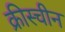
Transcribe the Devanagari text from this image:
क्रीस्चीन